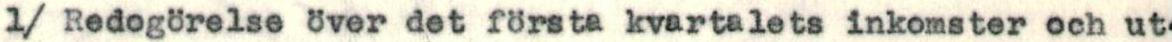
1/ Redoörelse över det första kvartalets inkomster och ut